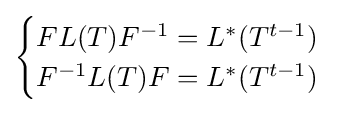
{\begin{cases}FL(T)F^{-1}=L^{*}(T^{t-1})\\F^{-1}L(T)F=L^{*}(T^{t-1})\end{cases}}